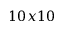
1 0 x 1 0